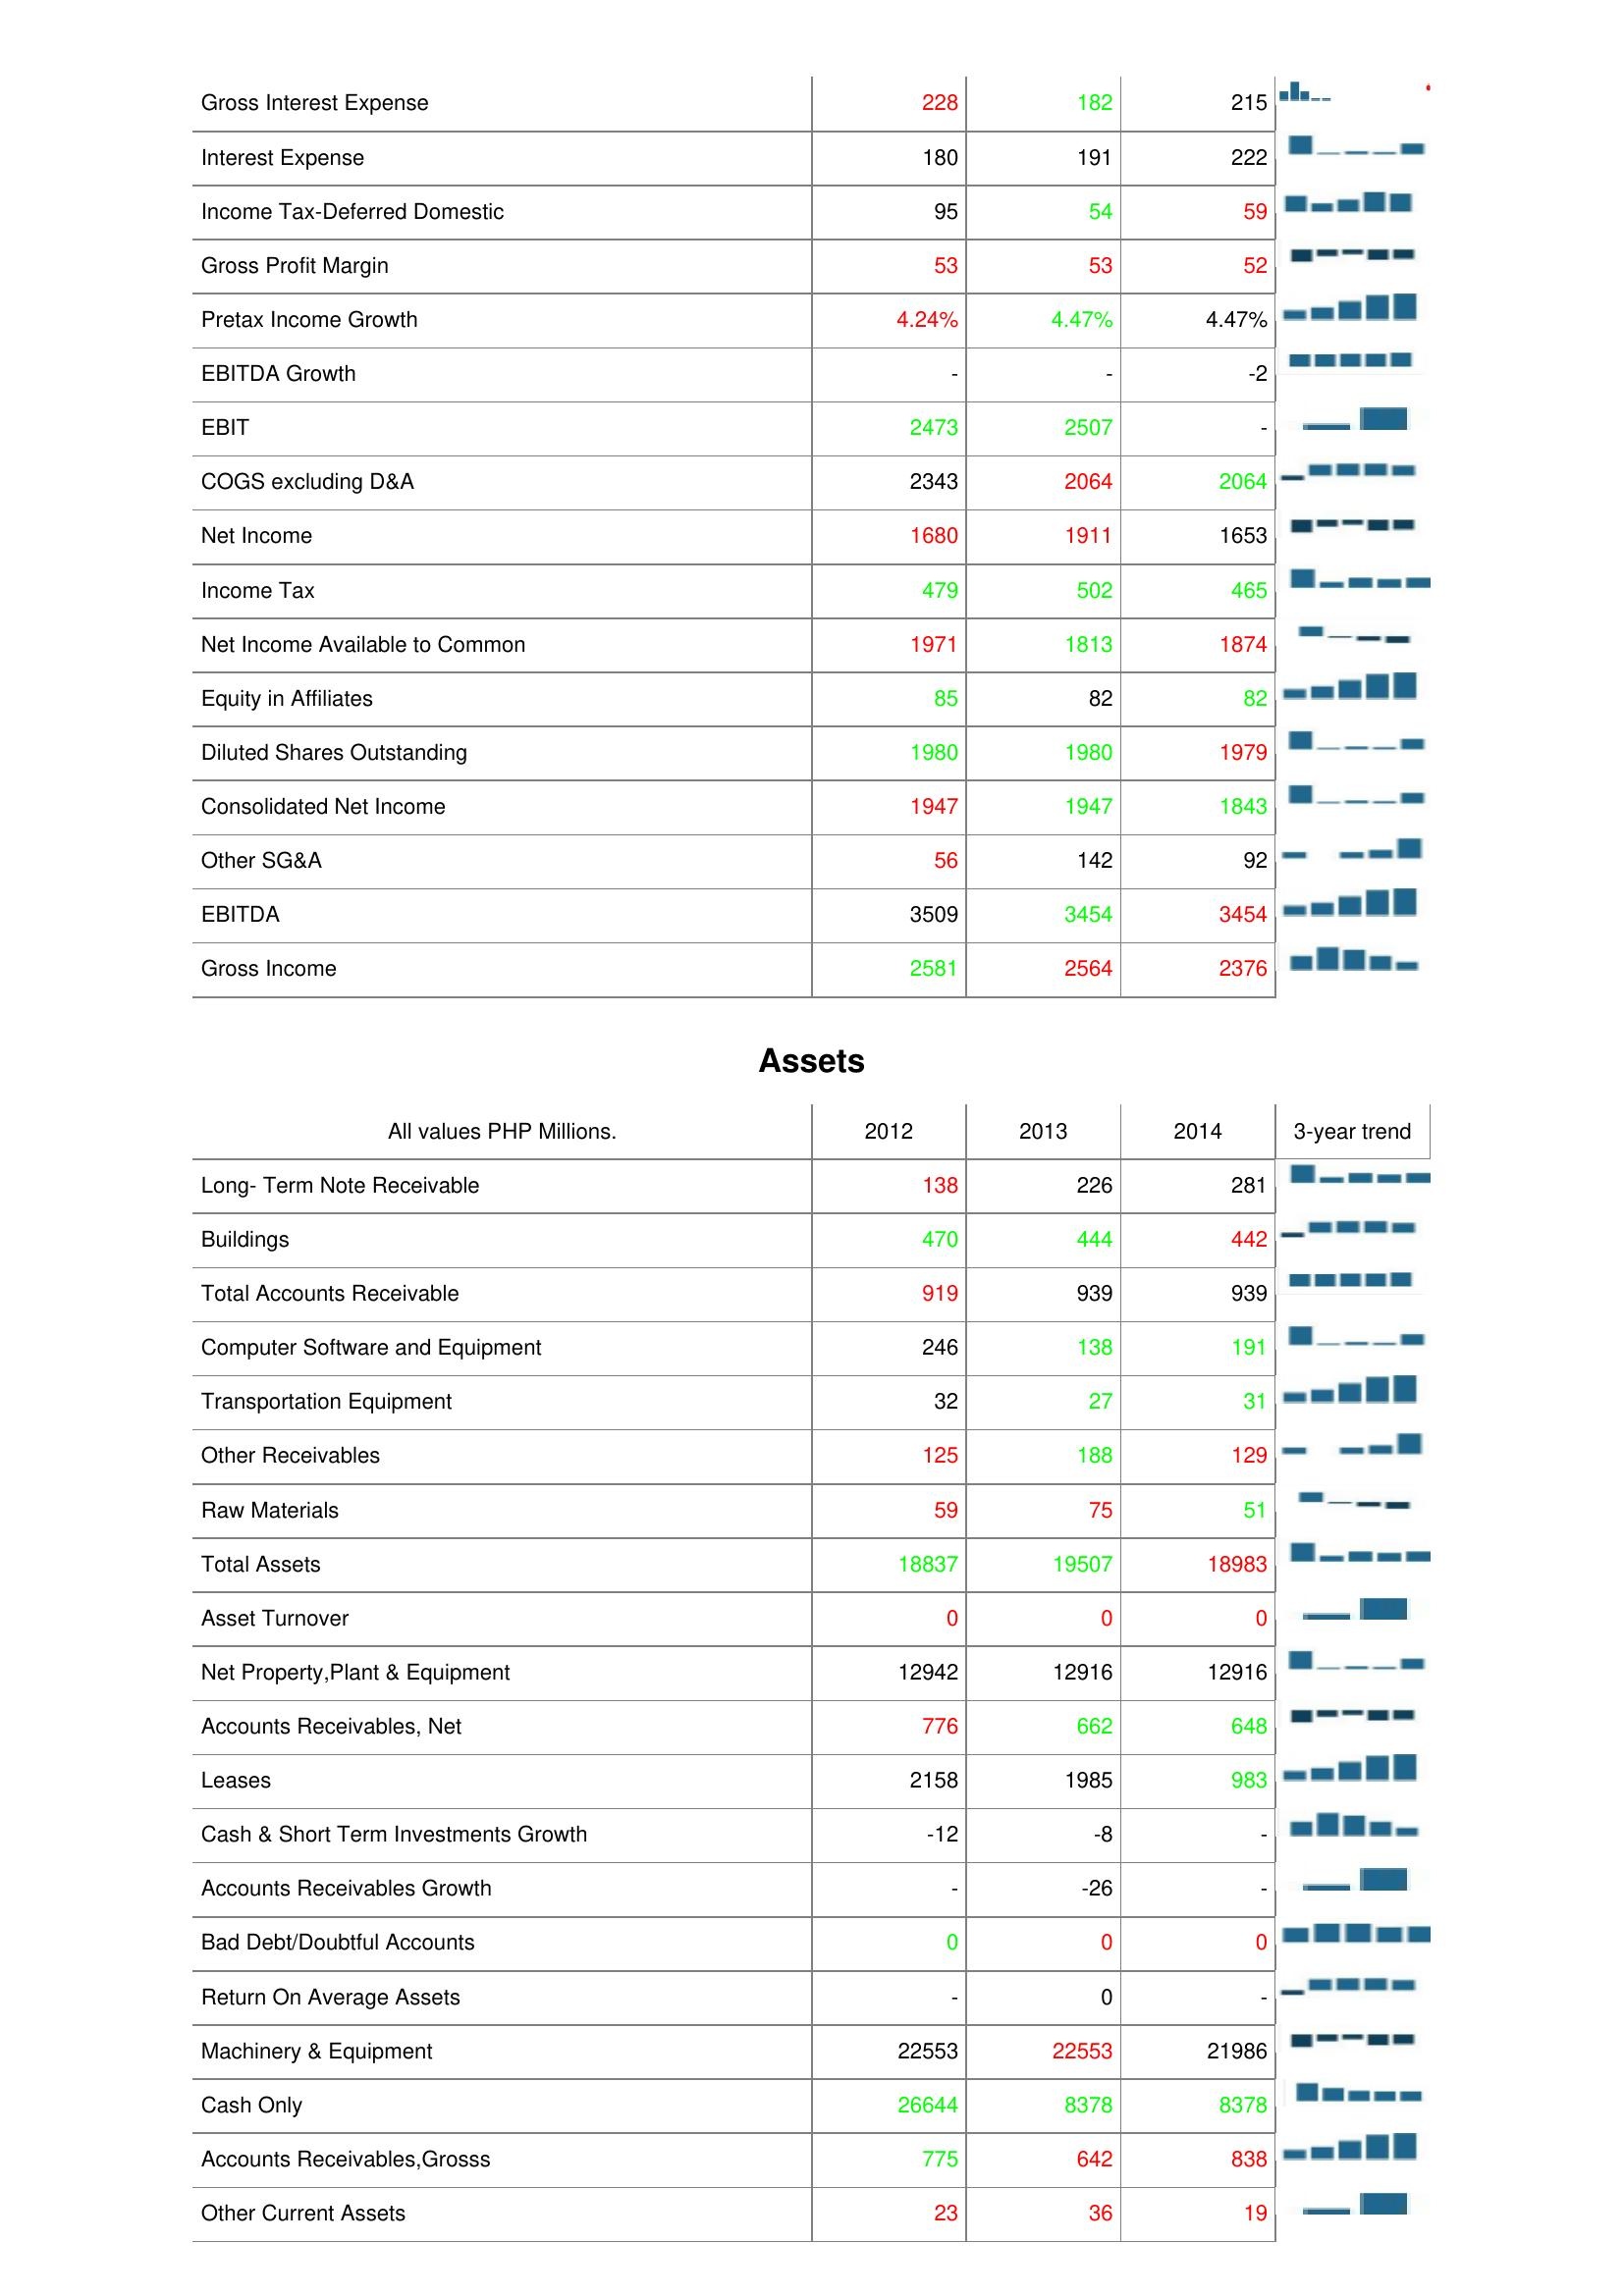
2012: : Gross Interest Expense: 228
Interest Expense: 180
Income Tax-Deferred Domestic: 95
Gross Profit Margin: 53
Pretax Income Growth: 4.24%
EBITDA Growth: -
EBIT: 2473
COGS excluding D&A: 2343
Net Income: 1680
Income Tax: 479
Net Income Available to Common: 1971
Equity in Affiliates: 85
Diluted Shares Outstanding: 1980
Consolidated Net Income: 1947
Other SG&A: 56
EBITDA: 3509
Gross Income: 2581
Assets: Long- Term Note Receivable: 138
Buildings: 470
Total Accounts Receivable: 919
Computer Software and Equipment: 246
Transportation Equipment: 32
Other Receivables: 125
Raw Materials: 59
Total Assets: 18837
Asset Turnover: 0
Net Property,Plant & Equipment: 12942
Accounts Receivables, Net: 776
Leases: 2158
Cash & Short Term Investments Growth: -12
Accounts Receivables Growth: -
Bad Debt/Doubtful Accounts: 0
Return On Average Assets: -
Machinery & Equipment: 22553
Cash Only: 26644
Accounts Receivables,Grosss: 775
Other Current Assets: 23
2013: : Gross Interest Expense: 182
Interest Expense: 191
Income Tax-Deferred Domestic: 54
Gross Profit Margin: 53
Pretax Income Growth: 4.47%
EBITDA Growth: -
EBIT: 2507
COGS excluding D&A: 2064
Net Income: 1911
Income Tax: 502
Net Income Available to Common: 1813
Equity in Affiliates: 82
Diluted Shares Outstanding: 1980
Consolidated Net Income: 1947
Other SG&A: 142
EBITDA: 3454
Gross Income: 2564
Assets: Long- Term Note Receivable: 226
Buildings: 444
Total Accounts Receivable: 939
Computer Software and Equipment: 138
Transportation Equipment: 27
Other Receivables: 188
Raw Materials: 75
Total Assets: 19507
Asset Turnover: 0
Net Property,Plant & Equipment: 12916
Accounts Receivables, Net: 662
Leases: 1985
Cash & Short Term Investments Growth: -8
Accounts Receivables Growth: -26
Bad Debt/Doubtful Accounts: 0
Return On Average Assets: 0
Machinery & Equipment: 22553
Cash Only: 8378
Accounts Receivables,Grosss: 642
Other Current Assets: 36
2014: : Gross Interest Expense: 215
Interest Expense: 222
Income Tax-Deferred Domestic: 59
Gross Profit Margin: 52
Pretax Income Growth: 4.47%
EBITDA Growth: -2
EBIT: -
COGS excluding D&A: 2064
Net Income: 1653
Income Tax: 465
Net Income Available to Common: 1874
Equity in Affiliates: 82
Diluted Shares Outstanding: 1979
Consolidated Net Income: 1843
Other SG&A: 92
EBITDA: 3454
Gross Income: 2376
Assets: Long- Term Note Receivable: 281
Buildings: 442
Total Accounts Receivable: 939
Computer Software and Equipment: 191
Transportation Equipment: 31
Other Receivables: 129
Raw Materials: 51
Total Assets: 18983
Asset Turnover: 0
Net Property,Plant & Equipment: 12916
Accounts Receivables, Net: 648
Leases: 983
Cash & Short Term Investments Growth: -
Accounts Receivables Growth: -
Bad Debt/Doubtful Accounts: 0
Return On Average Assets: -
Machinery & Equipment: 21986
Cash Only: 8378
Accounts Receivables,Grosss: 838
Other Current Assets: 19